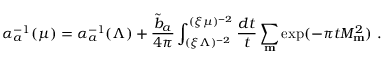
\alpha _ { a } ^ { - 1 } ( \mu ) = \alpha _ { a } ^ { - 1 } ( \Lambda ) + { \frac { { \widetilde b } _ { a } } { 4 \pi } } \int _ { ( \xi \Lambda ) ^ { - 2 } } ^ { ( \xi \mu ) ^ { - 2 } } { \frac { d t } { t } } \sum _ { { \bf m } } \exp ( - \pi t M _ { \bf m } ^ { 2 } ) ~ .